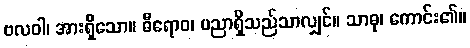
ဗလဝါ၊ အားရှိသော။ ဓီရောဝ၊ ပညာရှိသည်သာလျှင်။ သာဓု၊ ကောင်း၏။